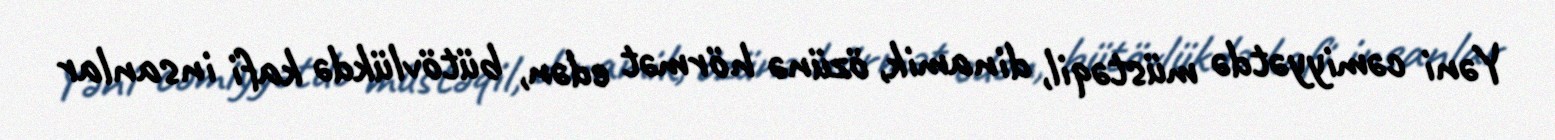
Yəni cəmiyyətdə müstəqil, dinamik, özünə hörmət edən, bütövlükdə kafi insanlar